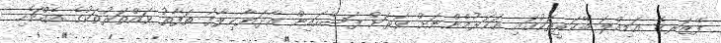
ފޭޒަރގެ އަމިއްލަ ބޭކަރީތަކުގައި އަހަރުމެންނަށް ވަރަށް ފަސޭހައިން އާދަޔާޚިލާފު ތަފާތު ވައްތަރުތަކުގެ އެއްޗެހި